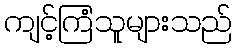
ကျင့်ကြံသူများသည်